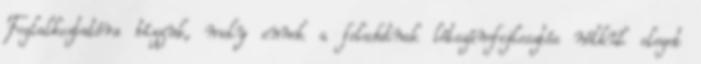
Foglalkoztatóra bízzuk, mely ennek a feladatnak létszámfejlesztés nélkül eleget